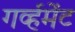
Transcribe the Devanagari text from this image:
गर्व्हमेंट